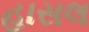
હાસલ